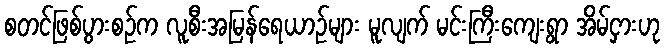
စတင်ဖြစ်ပွားစဉ်က လူစီးအမြန်ရေယာဉ်များ မူလျက် မင်းကြီးကျေးရွာ အိမ်ငှားဟု